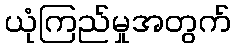
ယုံကြည်မှုအတွက်